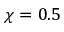
\chi = 0 . 5